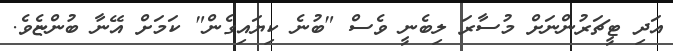
އަދި ޓީޗަރުންނަށް މުސާރަ ލިބެނީ ވެސް "ބުނެ ކިޔައިގެން" ކަމަށް އޭނާ ބުންޏެވެ.